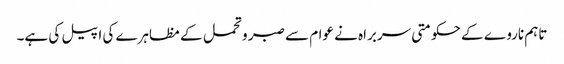
تاہم ناروے کے حکومتی سربراہ نے عوام سے صبر و تحمل کے مظاہرے کی اپیل کی ہے۔